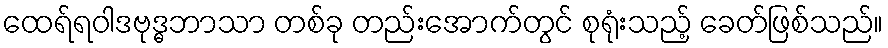
ထေရ်ရဝါဒဗုဒ္ဓဘာသာ တစ်ခု တည်းအောက်တွင် စုရုံးသည့် ခေတ်ဖြစ်သည်။